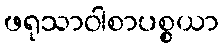
ဖရုသာဝါစာပစ္စယာ